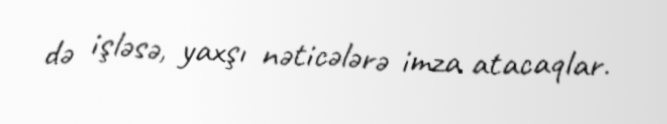
də işləsə, yaxşı nəticələrə imza atacaqlar.